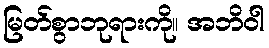
မြတ်စွာဘုရားကို။ အဘိဝါ